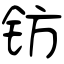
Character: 钫